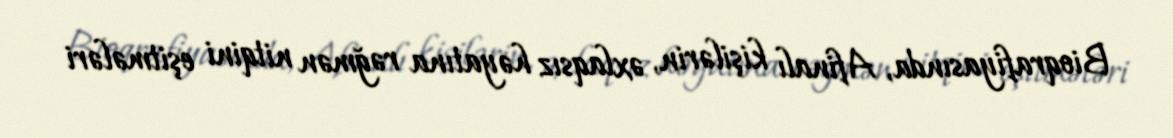
Bioqrafiyasında, Afinalı kişilərin, əxlaqsız həyatına rəğmən nitqini eşitmələri